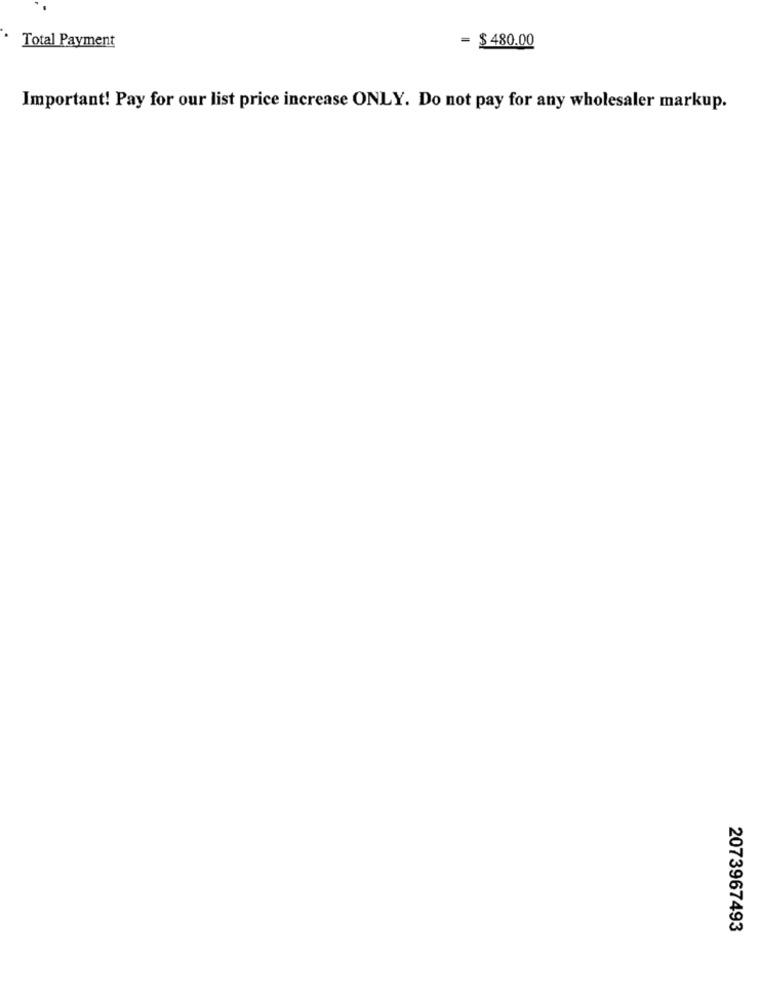
Total Payment
= $ 480.00
Important! Pay for our list price increase ONLY. Do not pay for any wholesaler markup.
2073967493